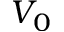
V _ { 0 }